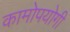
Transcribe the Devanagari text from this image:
कामोपयोगी